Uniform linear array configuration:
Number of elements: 48
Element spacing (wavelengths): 0.25
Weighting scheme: uniform
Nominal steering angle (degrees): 0
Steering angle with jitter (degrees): -1.147
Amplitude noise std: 0.05
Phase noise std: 0.05

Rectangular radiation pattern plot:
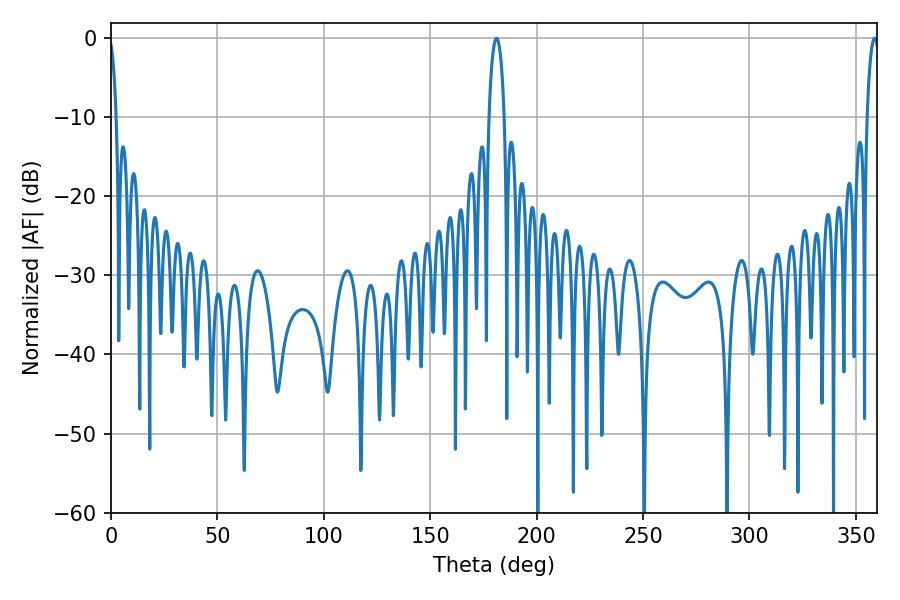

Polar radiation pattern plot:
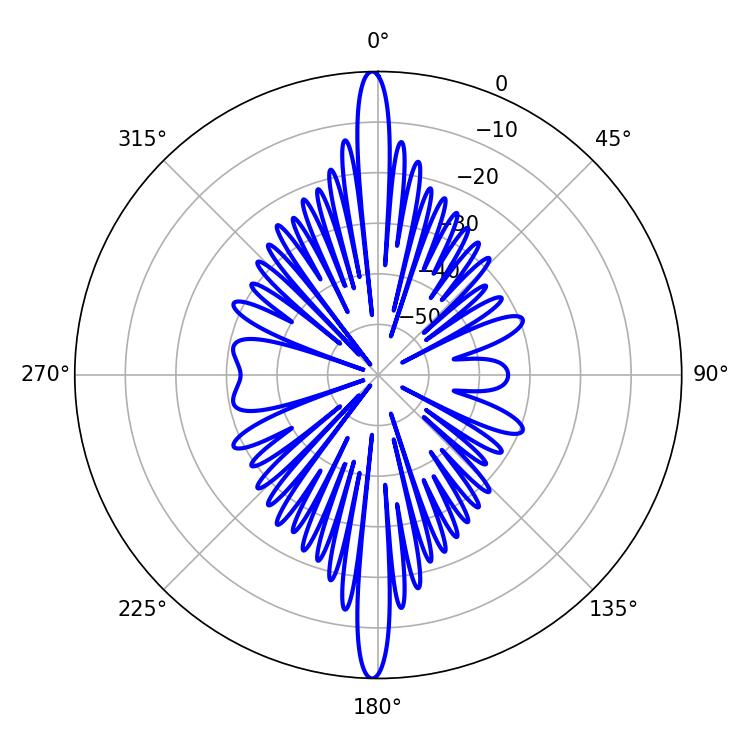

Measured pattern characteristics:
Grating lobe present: FALSE
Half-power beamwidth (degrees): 4.14
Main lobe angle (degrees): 181.08